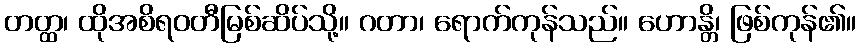
တတ္ထ၊ ထိုအစိရဝတီမြစ်ဆိပ်သို့။ ဂတာ၊ ရောက်ကုန်သည်။ ဟောန္တိ၊ ဖြစ်ကုန်၏။